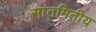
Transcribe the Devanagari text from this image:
सांतमितीय